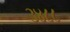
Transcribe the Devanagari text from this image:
३४८८